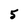
Character: 5